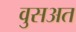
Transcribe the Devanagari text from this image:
वुसअत